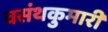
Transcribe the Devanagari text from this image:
वसंथकुमारी